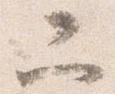
二